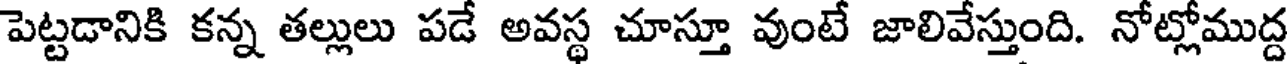
పెట్టడానికి కన్న తల్లులు పడే అవస్థ చూస్తూ వుంటే జాలివేస్తుంది. నోట్లోముద్ద